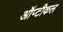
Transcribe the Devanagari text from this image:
ऑप्टीकल